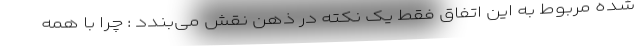
شده مربوط به این اتفاق فقط یک نکته در ذهن نقش می‌بندد : چرا با همه